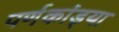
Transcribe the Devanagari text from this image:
पर्णकांड्या